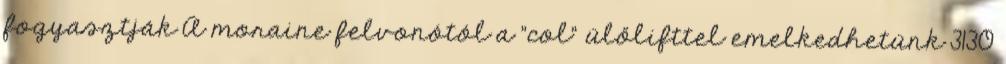
fogyasztják A moraine felvonótól a "col" ülőlifttel emelkedhetünk 3130